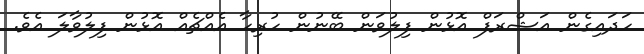
ހަދައިގެން އަޝްރަފް އޮޅުން ފިލުވަން ބޭނުން ހުރިހާ އެއްޗެއް އޮޅުން ފިލުވާލަ އެވެ.